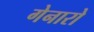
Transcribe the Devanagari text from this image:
गेनारो